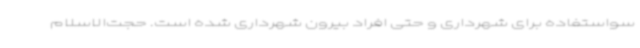
سواستفاده برای شهرداری و حتی افراد بیرون شهرداری شده است. حجت‌الاسلام